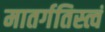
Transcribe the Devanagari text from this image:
मातर्गतिस्त्वं